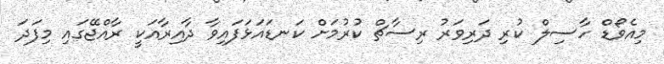
މިއެވޯޑް ހާސިލް ކުރި ދަރިވަރު ރިސާޗް ކުރުމަށް ކަނޑައަޅަފައިވާ ދާއިރާއަކީ ރާއްޖޭގައި މިފަދަ